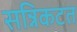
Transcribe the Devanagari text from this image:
सन्निकटत